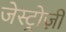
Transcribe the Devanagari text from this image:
जेस्ट्रोज़ी